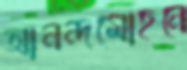
আনন্দমোহনে